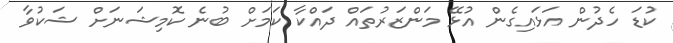
ކުޑަ ހެދުން އަޅައިގެން އުޅޭ މަންޒަރުތައް ދައްކާ ކަމަށް ބުނެ ކޮމިޝަނަށް ޝަކުވާ